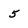
Character: 5